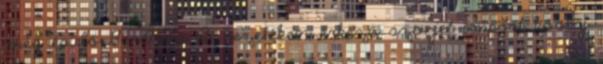
még épülő Barátság I. vezetéken érkező szovjet import kőolaj